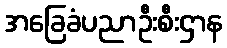
အခြေခံပညာဦးစီးဌာန